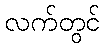
လက်တွင်